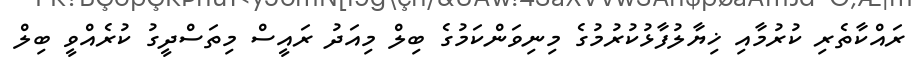
ރައްކާތެރި ކުރުމާއި ޚިޔާލުފާޅުކުރުމުގެ މިނިވަންކަމުގެ ބިލް މިއަދު ރައީސް މިތަސްދީގު ކުރެއްވީ ބިލް